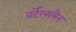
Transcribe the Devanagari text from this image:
बर्टेल्समैन